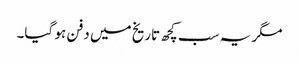
مگر یہ سب کچھ تاریخ میں دفن ہو گیا۔